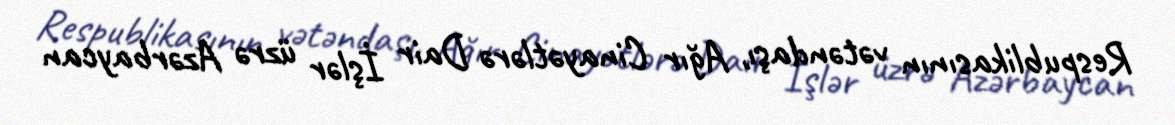
Respublikasının vətəndaşı, Ağır Cinayətlərə Dair İşlər üzrə Azərbaycan